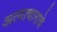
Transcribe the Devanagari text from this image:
अत्‍याचाराचे